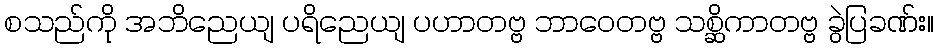
စသည်ကို အဘိညေယျ ပရိညေယျ ပဟာတဗ္ဗ ဘာဝေတဗ္ဗ သစ္ဆိကာတဗ္ဗ ခွဲပြခဏ်း။